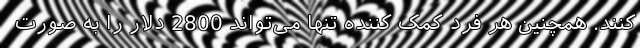
کنند. همچنین هر فرد کمک کننده تنها می‌تواند 2800 دلار را به صورت